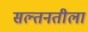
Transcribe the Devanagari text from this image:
सल्तनतीला